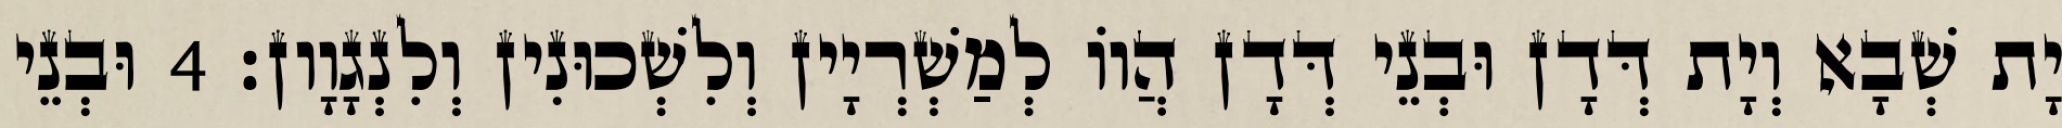
יָת שְׁבָא וְיָת דְּדָן וּבְנֵי דְּדָן הֲווֹ לְמַשְׁרְיָין וְלִשְׁכוּנִין וְלִנְגָוָון׃ 4 וּבְנֵי